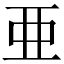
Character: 亜